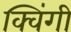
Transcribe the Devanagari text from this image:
क्विंगी